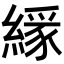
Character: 𦄘